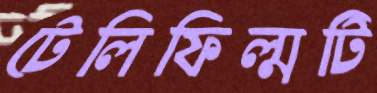
টেলিফিল্মটি